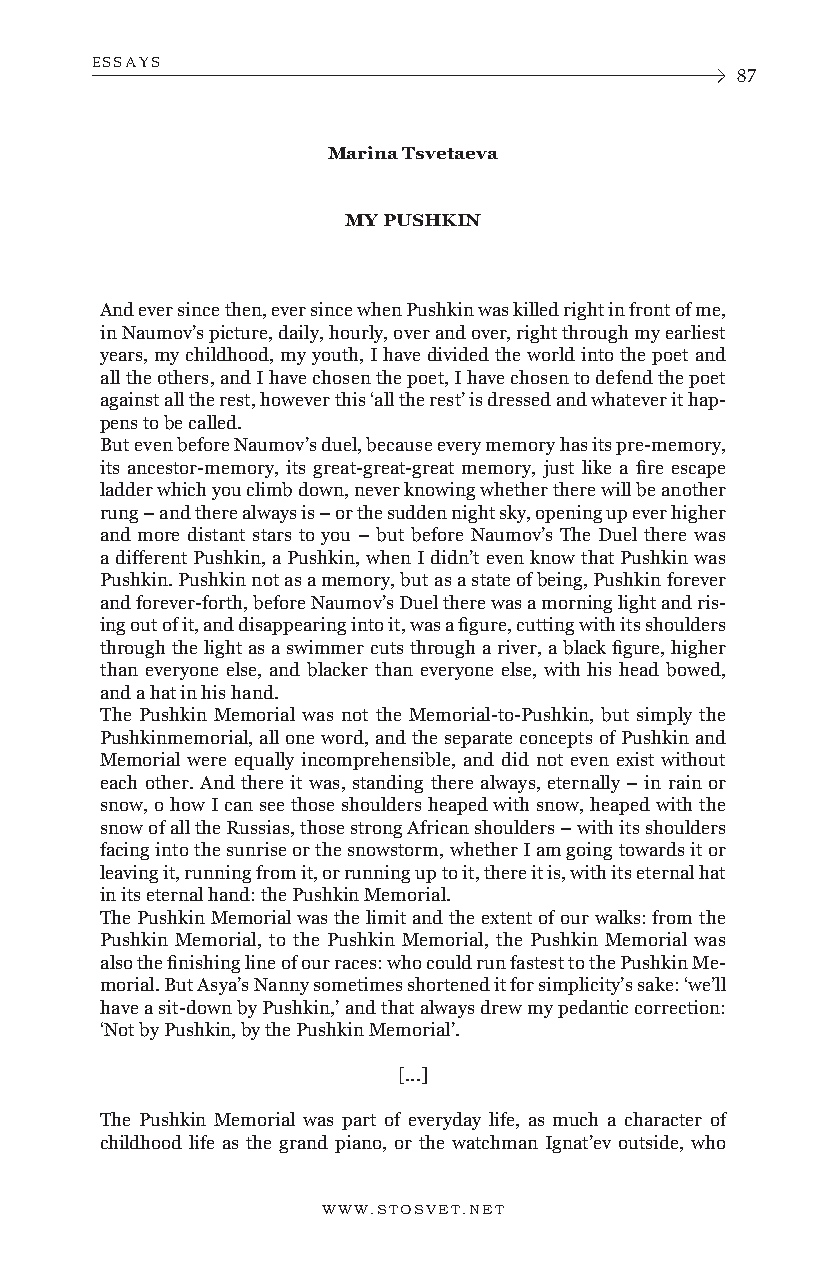
ESSAYS
 87
 Marina Tsvetaeva
 MY PUSHKIN
 And ever since then, ever since when Pushkin was killed right in front of me,
 in Naumov’s picture, daily, hourly, over and over, right through my earliest
 years, my childhood, my youth, I have divided the world into the poet and
 all the others, and I have chosen the poet, I have chosen to defend the poet
 against all the rest, however this ‘all the rest’ is dressed and whatever it hap-
 pens to be called.
 But even before Naumov’s duel, because every memory has its pre-memory,
 its ancestor-memory, its great-great-great memory, just like a fire escape
 ladder which you climb down, never knowing whether there will be another
 rung – and there always is – or the sudden night sky, opening up ever higher
 and more distant stars to you – but before Naumov’s The Duel there was
 a different Pushkin, a Pushkin, when I didn’t even know that Pushkin was
 Pushkin. Pushkin not as a memory, but as a state of being, Pushkin forever
 and forever-forth, before Naumov’s Duel there was a morning light and ris-
 ing out of it, and disappearing into it, was a figure, cutting with its shoulders
 through the light as a swimmer cuts through a river, a black figure, higher
 than everyone else, and blacker than everyone else, with his head bowed,
 and a hat in his hand.
 The Pushkin Memorial was not the Memorial-to-Pushkin, but simply the
 Pushkinmemorial, all one word, and the separate concepts of Pushkin and
 Memorial were equally incomprehensible, and did not even exist without
 each other. And there it was, standing there always, eternally – in rain or
 snow, o how I can see those shoulders heaped with snow, heaped with the
 snow of all the Russias, those strong African shoulders – with its shoulders
 facing into the sunrise or the snowstorm, whether I am going towards it or
 leaving it, running from it, or running up to it, there it is, with its eternal hat
 in its eternal hand: the Pushkin Memorial.
 The Pushkin Memorial was the limit and the extent of our walks: from the
 Pushkin Memorial, to the Pushkin Memorial, the Pushkin Memorial was
 also the finishing line of our races: who could run fastest to the Pushkin Me-
 morial. But Asya’s Nanny sometimes shortened it for simplicity’s sake: ‘we’ll
 have a sit-down by Pushkin,’ and that always drew my pedantic correction:
 ‘Not by Pushkin, by the Pushkin Memorial’.
 [...]
 The Pushkin Memorial was part of everyday life, as much a character of
 childhood life as the grand piano, or the watchman Ignat’ev outside, who
 WWW.STOSVET.NET